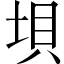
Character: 垻